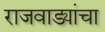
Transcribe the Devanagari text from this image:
राजवाड्यांचा